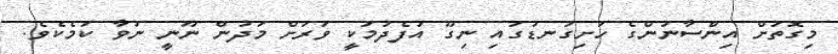
މިގޮތަށް އިންސާނުންގެ ހަށިގަނޑުގައި ނިގޫ އުފެދުމަކީ ވަރަށް މަދުން ނޫނީ ނުވާ ކަމެކެވެ.